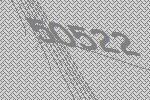
50522